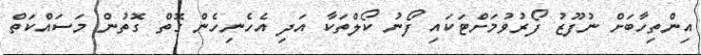
އިންތިހާބަށް ނުފޫޒު ފޯރުވުމަށްޓަކައި ފޯނު ކޯލްތަކާ އަދި އެހެނިހެން ގޮތް ގޮތުން މަސައްކަތް